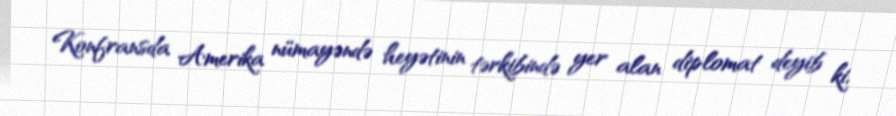
Konfransda Amerika nümayəndə heyətinin tərkibində yer alan diplomat deyib ki,